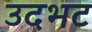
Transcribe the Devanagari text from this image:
उदभट